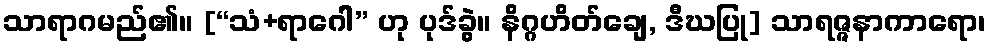
သာရာဂမည်၏။ [“သံ+ရာဂေါ” ဟု ပုဒ်ခွဲ။ နိဂ္ဂဟိတ်ချေ, ဒီဃပြု] သာရဇ္ဇနာကာရော၊